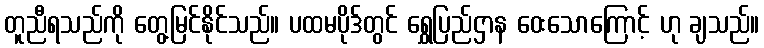
တူညီရသည်ကို တွေ့မြင်နိုင်သည်။ ပထမပိုဒ်တွင် ရွှေပြည်ဌာန ဝေးသောကြောင့် ဟု ချသည်။